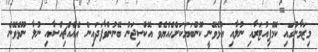
މިޒަމާނުގައި ކޮމްޕިއުޓަރާއި ނުލާއި އުޅެވޭނީ ކޮންބަޔަކަށްހެއްޔެވެ އޮކްސިޖަން ބޭނުންވާފަދައިން އެއެއްޗިއްސާއި ނުލާ ނޫޅެވޭނެ